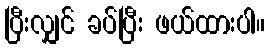
ပြီးလျှင် ခပ်ပြီး ဖယ်ထားပါ။